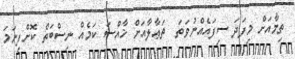
ތިމާއަށް މިފަދަ ސިފައެއްނުވަތަ  ތަޢާލާއަށް ޚާއްސަ ކަމެއް ނިސްބަތް ކޮށްފިނަމަ